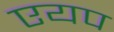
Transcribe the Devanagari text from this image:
एयप